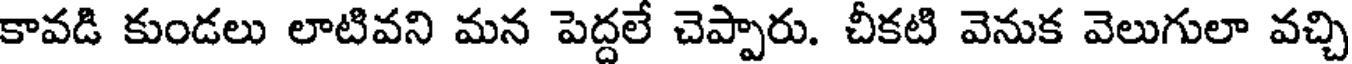
కావడి కుండలు లాటివని మన పెద్దలే చెప్పారు. చీకటి వెనుక వెలుగులా వచ్చి